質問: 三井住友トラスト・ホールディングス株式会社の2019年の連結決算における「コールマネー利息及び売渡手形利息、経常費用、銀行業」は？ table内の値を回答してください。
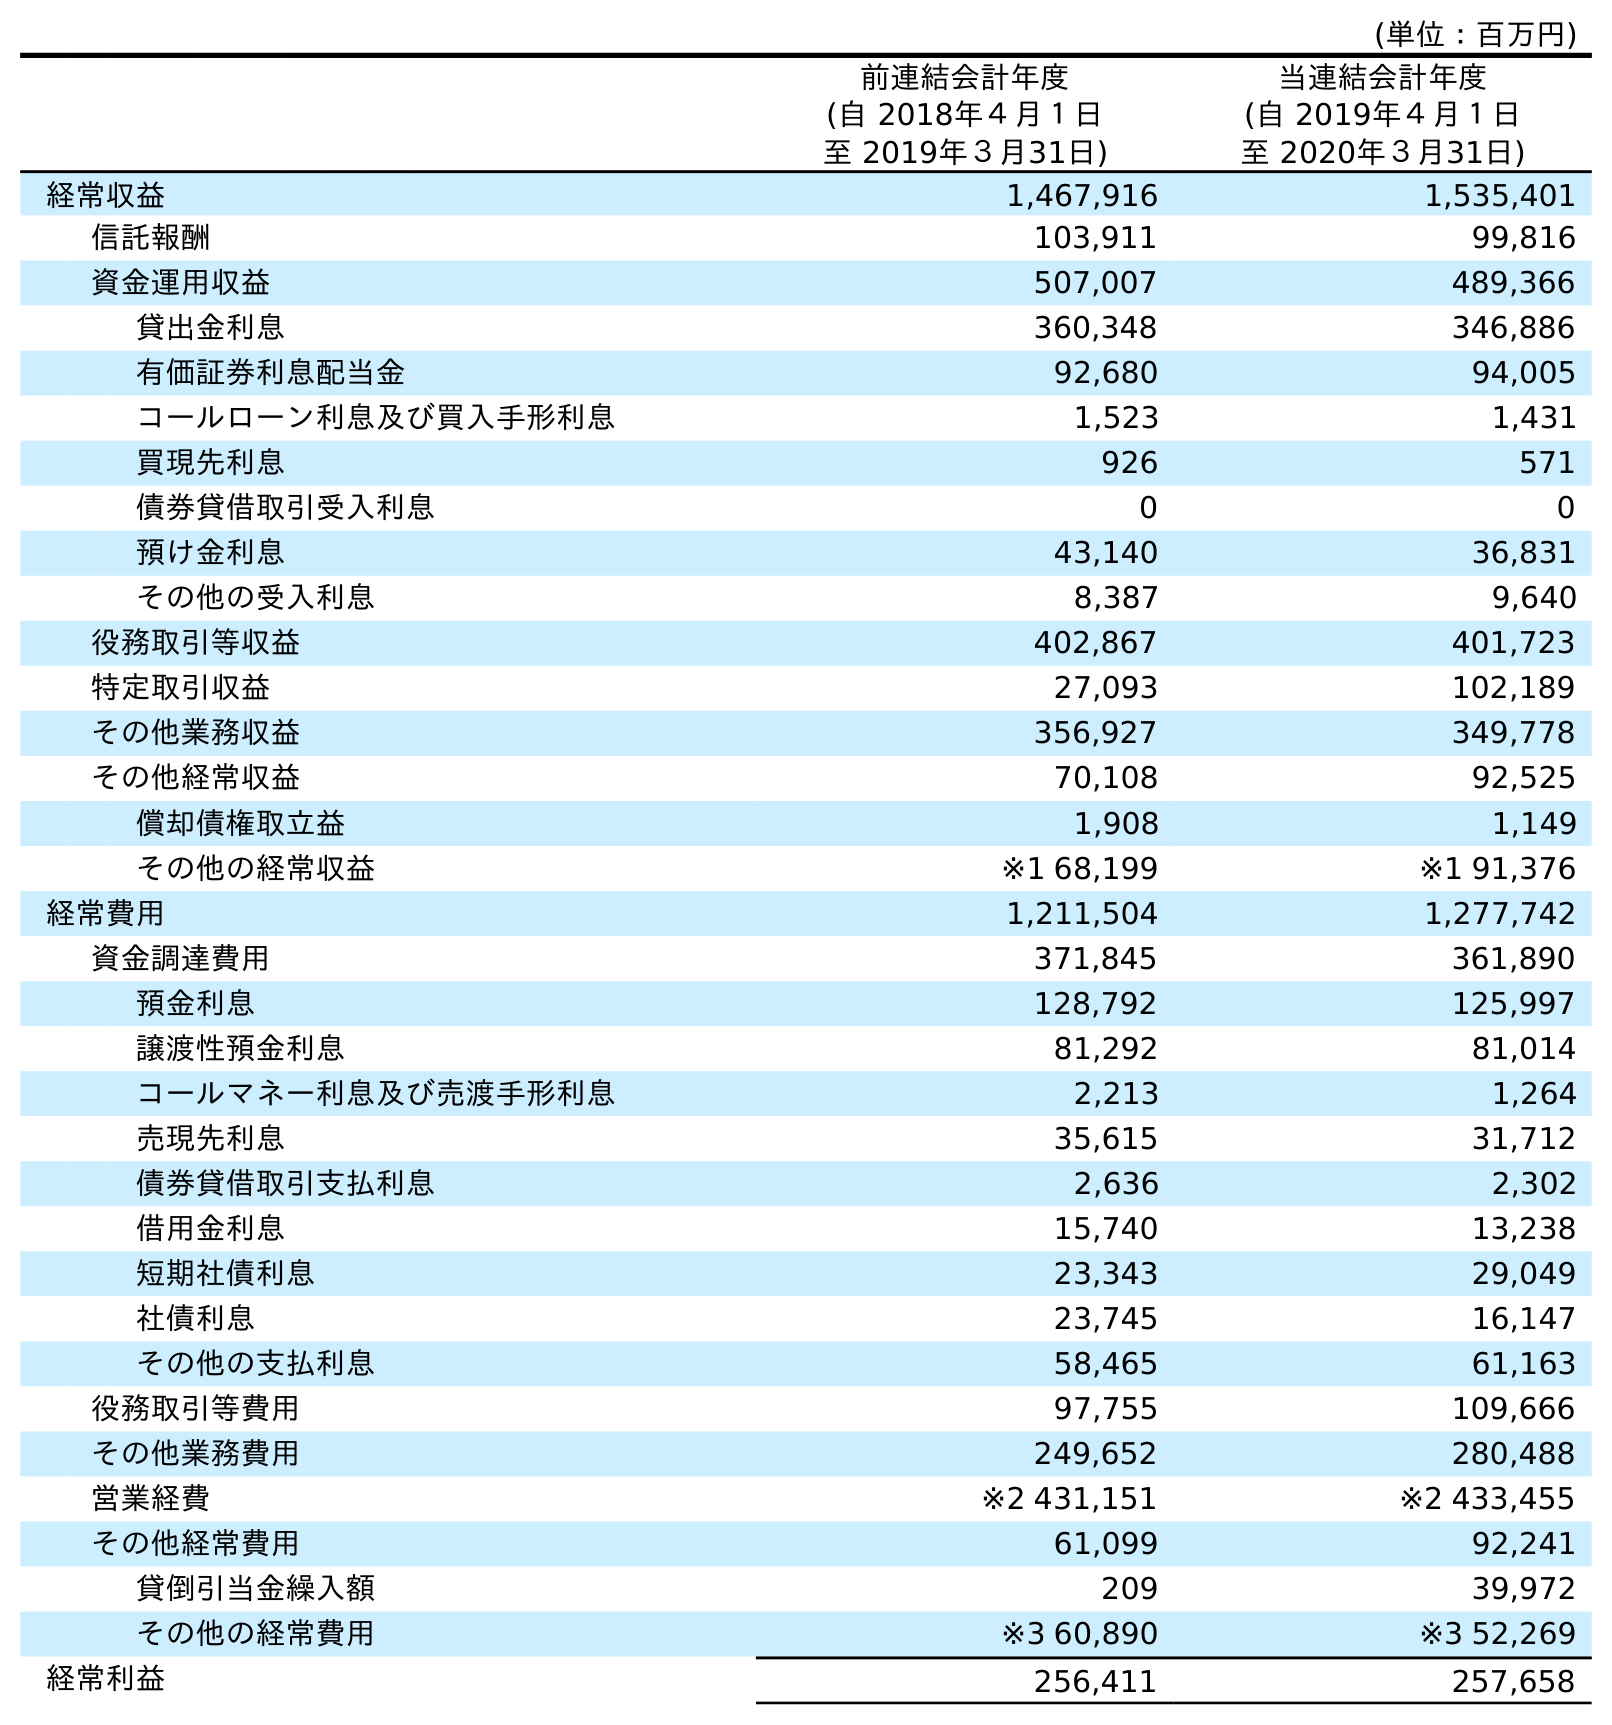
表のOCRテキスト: (単位：百万円) 前連結会計年度 (自 2018年４月１日 至 2019年３月31日) 当連結会計年度 (自 2019年４月１日 至 2020年３月31日) 経常収益 1,467,916 1,535,401 信託報酬 103,911 99,816 資金運用収益 507,007 489,366 貸出金利息 360,348 346,886 有価証券利息配当金 92,680 94,005 コールローン利息及び買入手形利息 1,523 1,431 買現先利息 926 571 債券貸借取引受入利息 0 0 預け金利息 43,140 36,831 その他の受入利息 8,387 9,640 役務取引等収益 402,867 401,723 特定取引収益 27,093 102,189 その他業務収益 356,927 349,778 その他経常収益 70,108 92,525 償却債権取立益 1,908 1,149 その他の経常収益 ※1 68,199 ※1 91,376 経常費用 1,211,504 1,277,742 資金調達費用 371,845 361,890 預金利息 128,792 125,997 譲渡性預金利息 81,292 81,014 コールマネー利息及び売渡手形利息 2,213 1,264 売現先利息 35,615 31,712 債券貸借取引支払利息 2,636 2,302 借用金利息 15,740 13,238 短期社債利息 23,343 29,049 社債利息 23,745 16,147 その他の支払利息 58,465 61,163 役務取引等費用 97,755 109,666 その他業務費用 249,652 280,488 営業経費 ※2 431,151 ※2 433,455 その他経常費用 61,099 92,241 貸倒引当金繰入額 209 39,972 その他の経常費用 ※3 60,890 ※3 52,269 経常利益 256,411 257,658
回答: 2,213